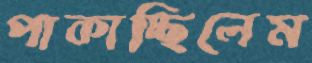
পাকাচ্ছিলেম